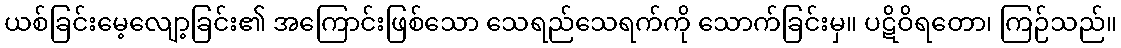
ယစ်ခြင်းမေ့လျော့ခြင်း၏ အကြောင်းဖြစ်သော သေရည်သေရက်ကို သောက်ခြင်းမှ။ ပဋိဝိရတော၊ ကြဉ်သည်။